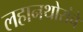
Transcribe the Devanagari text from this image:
लहानथोरांचे